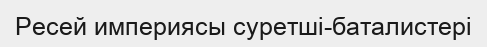
Ресей империясы суретші-баталистері